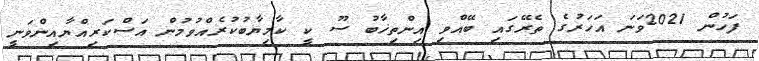
ފަހުން 2021ވަނަ އަހަރުގެ ތެރޭގައި ބޭއްވި އިންތިޚާބު ސޫ ކީ ކާމިޔާބުކުރެއްވުމުން އަސްކަރިއްޔާއިންވަނީ